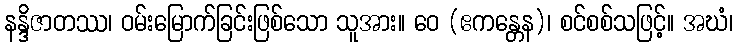
နန္ဒိဇာတဿ၊ ဝမ်းမြောက်ခြင်းဖြစ်သော သူအား။ ဝေ (ဧကန္တေန)၊ စင်စစ်သဖြင့်။ အဃံ၊